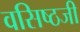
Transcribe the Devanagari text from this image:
वसिष्ठजी